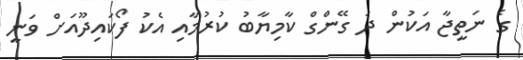
ގެ ނަތީޖާ އަކުން ދަ ގޭންގް ކާމިޔާބު ކުރުމާއި އެކު ފޯކައިދޫއަށް ވަނީ